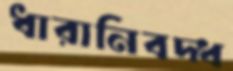
ধারানিবদ্ধ